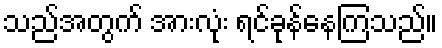
သည်အတွက် အားလုံး ရင်ခုန်နေကြသည်။